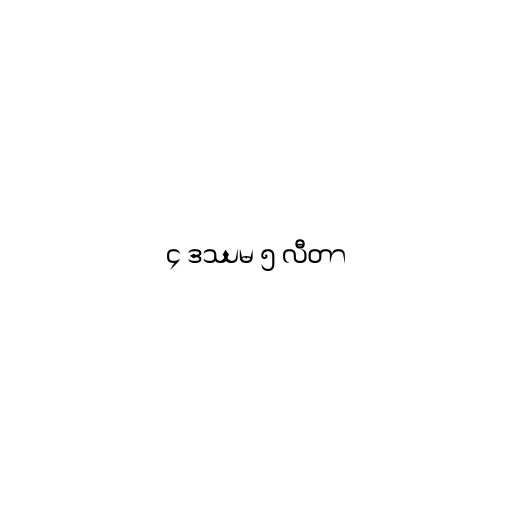
၄ ဒဿမ ၅ လီတာ